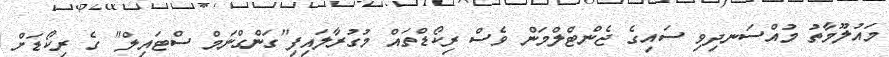
މައުލޫމާތު މުއްސަނދިވި ސައިގެ ޖެންޓްލްމަން ވެސް ރިކޯޑްތައް މުގުރާލައިފި"ގަންގްނަމް ސްޓައިލް" ގެ ރިކޯޑަށް